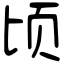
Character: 顷